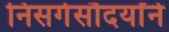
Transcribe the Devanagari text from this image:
निसर्गसौदर्यांने